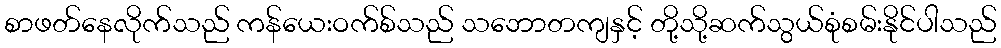
စာဖတ်နေလိုက်သည် ကန်ယေးဝက်စ်သည် သဘောတကျနှင့် တို့သို့ဆက်သွယ်စုံစမ်းနိုင်ပါသည်